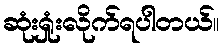
ဆုံးရှုံးလိုက်ရပါတယ်။